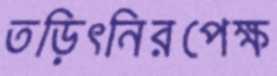
তড়িৎনিরপেক্ষ